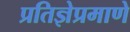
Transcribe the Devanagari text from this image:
प्रतिज्ञेप्रमाणे